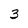
Character: 3